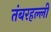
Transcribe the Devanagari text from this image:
तंबरहल्ली